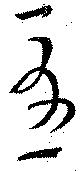
憂